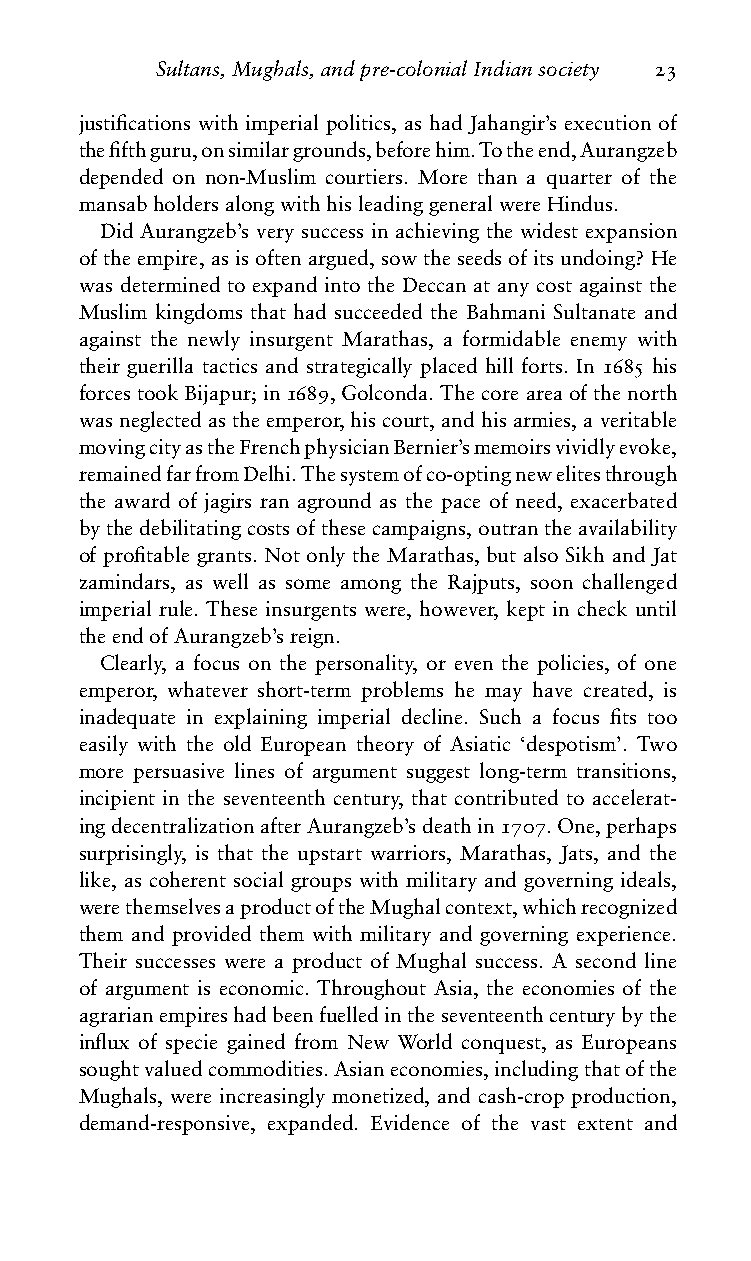
Sultans,Mughals,andpre-colonialIndiansociety 23
 justifications with imperial politics, as had Jahangir’s execution of
 thefifthguru,onsimilargrounds,beforehim.Totheend,Aurangzeb
 depended on non-Muslim courtiers. More than a quarter of the
 mansabholdersalongwithhisleadinggeneralwereHindus.
 Did Aurangzeb’s very success in achieving the widest expansion
 oftheempire,asisoftenargued,sowtheseedsofitsundoing?He
 was determined to expand into the Deccan at any cost against the
 Muslim kingdoms that had succeeded the Bahmani Sultanate and
 against the newly insurgent Marathas, a formidable enemy with
 their guerilla tactics and strategically placed hill forts. In 1685 his
 forcestookBijapur;in1689,Golconda.Thecoreareaofthenorth
 wasneglectedastheemperor,hiscourt,andhisarmies,averitable
 movingcityastheFrenchphysicianBernier’smemoirsvividlyevoke,
 remainedfarfromDelhi.Thesystemofco-optingnewelitesthrough
 the award of jagirs ran aground as the pace of need, exacerbated
 bythedebilitatingcostsofthesecampaigns,outrantheavailability
 of profitable grants. Not only the Marathas, but also Sikh and Jat
 zamindars, as well as some among the Rajputs, soon challenged
 imperial rule. These insurgents were, however, kept in check until
 theendofAurangzeb’sreign.
 Clearly, a focus on the personality, or even the policies, of one
 emperor, whatever short-term problems he may have created, is
 inadequate in explaining imperial decline. Such a focus fits too
 easily with the old European theory of Asiatic ‘despotism’. Two
 more persuasive lines of argument suggest long-term transitions,
 incipient in the seventeenth century, that contributed to accelerat-
 ingdecentralizationafterAurangzeb’sdeathin1707.One,perhaps
 surprisingly, is that the upstart warriors, Marathas, Jats, and the
 like, as coherent social groups with military and governing ideals,
 werethemselvesaproductoftheMughalcontext,whichrecognized
 them and provided them with military and governing experience.
 Their successes were a product of Mughal success. A second line
 of argument is economic. Throughout Asia, the economies of the
 agrarianempireshadbeenfuelledintheseventeenthcenturybythe
 influx of specie gained from New World conquest, as Europeans
 soughtvaluedcommodities.Asianeconomies,includingthatofthe
 Mughals, were increasingly monetized, and cash-crop production,
 demand-responsive, expanded. Evidence of the vast extent and